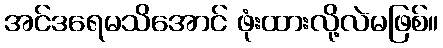
အင်ဒရေမသိအောင် ဖုံးထားလို့လဲမဖြစ်။